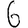
Digit: 6